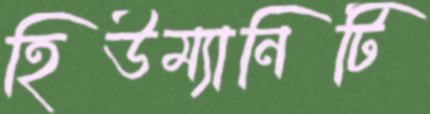
হিউম্যানিটি